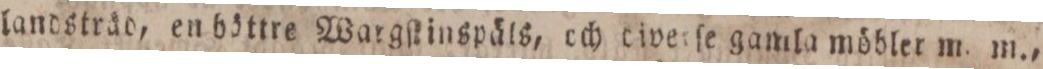
landsträd, en böttre Wargſtinspäls, och diverſe gamla möbler m. m.,